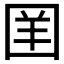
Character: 𪢪